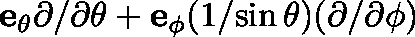
\mathbf { e _ { \theta } } { \partial } / { \partial \theta } + \mathbf { e _ { \phi } } ( { 1 } / { \sin \theta } ) ( { \partial } / { \partial \phi } )